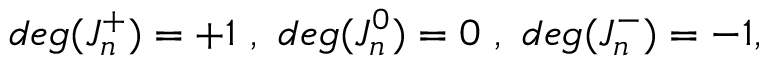
d e g ( J _ { n } ^ { + } ) = + 1 \ , \ d e g ( J _ { n } ^ { 0 } ) = 0 \ , \ d e g ( J _ { n } ^ { - } ) = - 1 ,